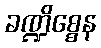
ခဏ္ဍိစ္စေန